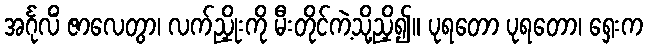
အင်္ဂုလိံ ဇာလေတွာ၊ လက်ညှိုးကို မီးတိုင်ကဲ့သို့ညှိ၍။ ပုရတော ပုရတော၊ ရှေးက